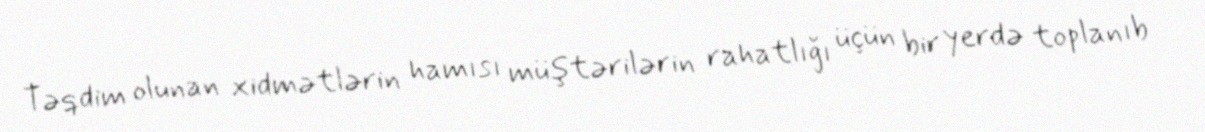
Təqdim olunan xidmətlərin hamısı müştərilərin rahatlığı üçün bir yerdə toplanıb